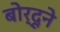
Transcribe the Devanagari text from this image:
बोर्दूने